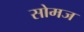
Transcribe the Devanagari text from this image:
सोमज